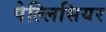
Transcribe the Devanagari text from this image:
पेल्लिसियर